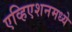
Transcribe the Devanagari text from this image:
एव्हिएशनमध्ये